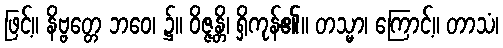
ဖြင့်။ နိဗ္ဗတ္တေ ဘဝေ၊ ၌။ ဝိဇ္ဇန္တိ၊ ရှိကုန်၏။ တသ္မာ၊ ကြောင့်။ တာသံ၊